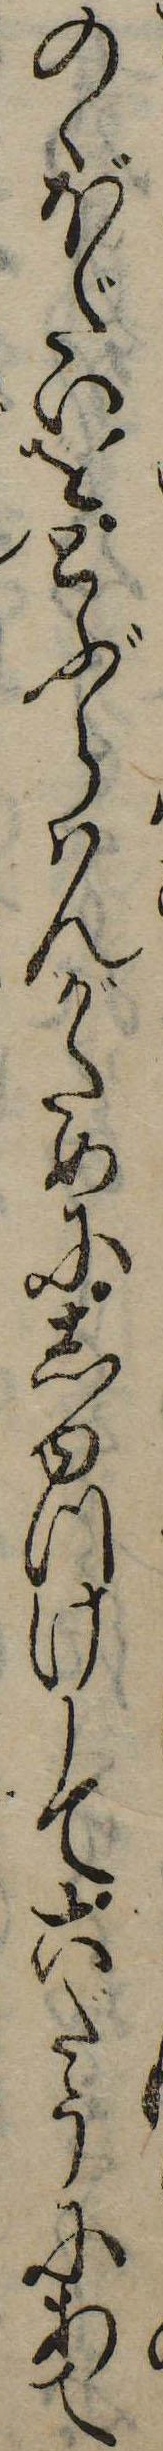
のゝぼだいをとぶらはんがためにしゆつけして六だうにあて